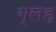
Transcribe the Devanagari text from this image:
ग्लह